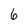
Character: 6